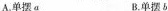
A.单摆a B.单摆b